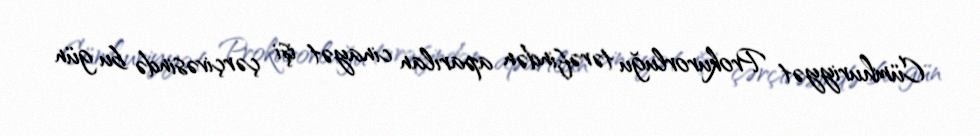
Cümhuriyyət Prokurorluğu tərəfindən aparılan cinayət işi çərçivəsində bu gün